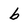
Character: b